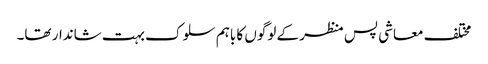
مختلف معاشی پس منظر کے لوگوں کا باہم سلوک بہت شاندار تھا۔